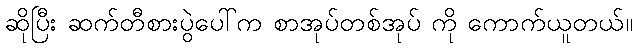
ဆိုပြီး ဆက်တီစားပွဲပေါ်က စာအုပ်တစ်အုပ် ကို ကောက်ယူတယ်။